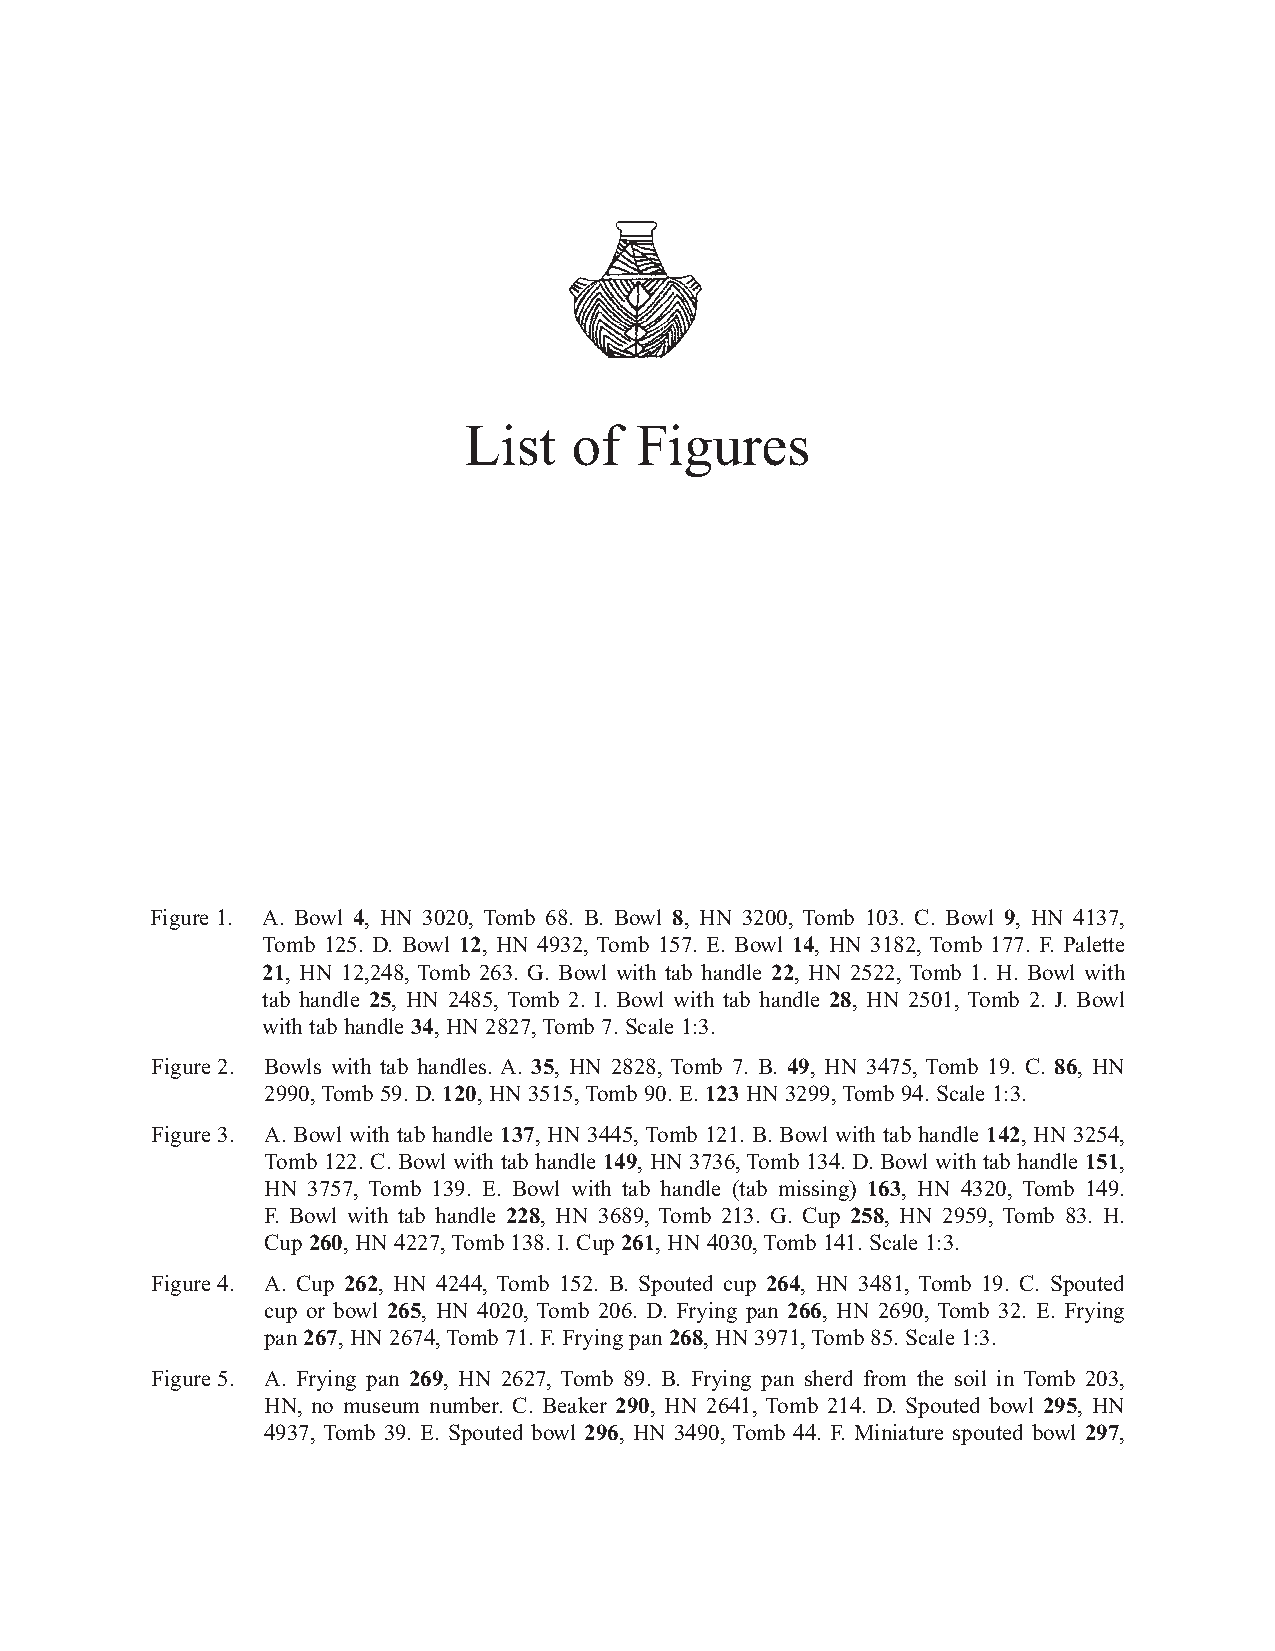
List   of  Figures
 Figure 1. A. Bowl 4, HN 3020, Tomb 68. B. Bowl 8, HN 3200, Tomb 103. C. Bowl 9, HN 4137,
 Tomb 125. D. Bowl 12, HN 4932, Tomb 157. E. Bowl 14, HN 3182, Tomb 177. F. Palette
 21, HN 12,248, Tomb 263. G. Bowl with tab handle 22, HN 2522, Tomb 1. H. Bowl with
 tab handle 25, HN 2485, Tomb 2. I. Bowl with tab handle 28, HN 2501, Tomb 2. J. Bowl
 with tab handle 34, HN 2827, Tomb 7. Scale 1:3.
 Figure 2. Bowls with tab handles. A. 35, HN 2828, Tomb 7. B. 49, HN 3475, Tomb 19. C. 86, HN
 2990, Tomb 59. D. 120, HN 3515, Tomb 90. E. 123 HN 3299, Tomb 94. Scale 1:3.
 Figure 3. A. Bowl with tab handle 137, HN 3445, Tomb 121. B. Bowl with tab handle 142, HN 3254,
 Tomb 122. C. Bowl with tab handle 149, HN 3736, Tomb 134. D. Bowl with tab handle 151,
 HN 3757, Tomb 139. E. Bowl with tab handle (tab missing) 163, HN 4320, Tomb 149.
 F. Bowl with tab handle 228, HN 3689, Tomb 213. G. Cup 258, HN 2959, Tomb 83. H.
 Cup 260, HN 4227, Tomb 138. I. Cup 261, HN 4030, Tomb 141. Scale 1:3.
 Figure 4. A. Cup 262, HN 4244, Tomb 152. B. Spouted cup 264, HN 3481, Tomb 19. C. Spouted
 cup or bowl 265, HN 4020, Tomb 206. D. Frying pan 266, HN 2690, Tomb 32. E. Frying
 pan 267, HN 2674, Tomb 71. F. Frying pan 268, HN 3971, Tomb 85. Scale 1:3.
 Figure 5. A. Frying pan 269, HN 2627, Tomb 89. B. Frying pan sherd from the soil in Tomb 203,
 HN, no museum number. C. Beaker 290, HN 2641, Tomb 214. D. Spouted bowl 295, HN
 4937, Tomb 39. E. Spouted bowl 296, HN 3490, Tomb 44. F. Miniature spouted bowl 297,